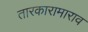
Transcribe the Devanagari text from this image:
तारकारामाराव